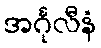
အင်္ဂုလီနံ